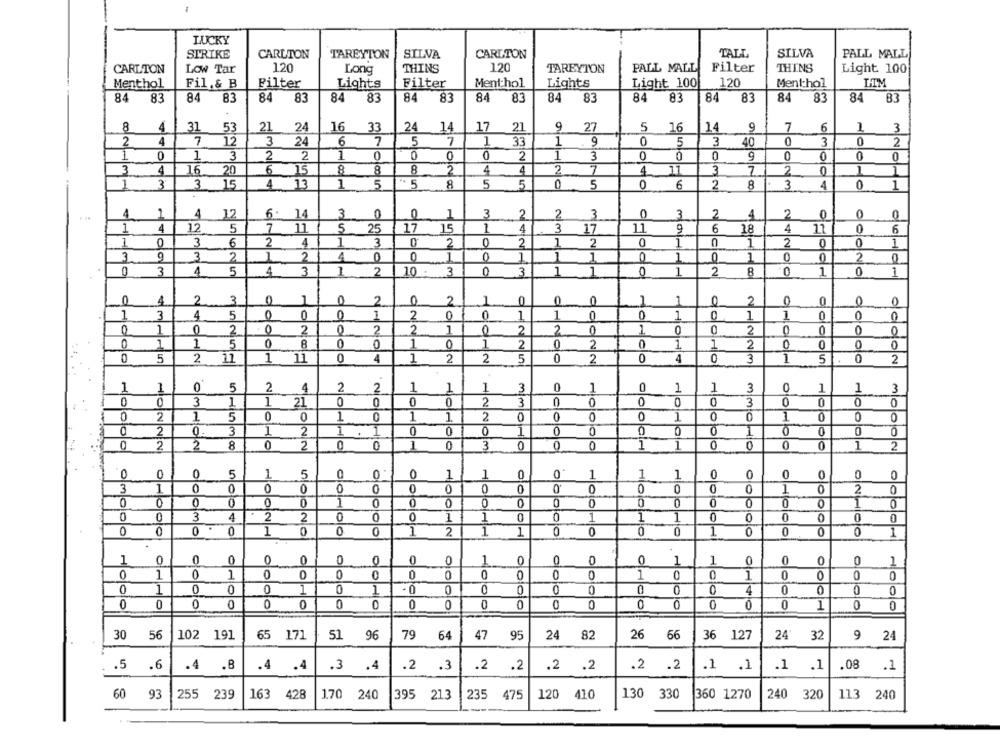
LUCKY
TALL
SILVA
STRIKE
CARLTON
TAREYTON
SILVA
CARLTON
PALL MALL
120
120
PALL MALL
Filter
THINS
CARLTON
Low Tar
Long
THINS
TAREYION
Light 100
Filter
Menthol
120
Menthol
Menthol
Fil.& B
Filter
Lights
Lights
Light 100|
84
84 83
84
83
84
83
84 83
83
84
83
83
84
83
84 83
84 83
84 83
8
4
31
53
21
24
16
24
14
17
21
27
5
16
14
9
7
6
3
33
2
4
7
12
3
24
6
7
5
7
1
33
1
9
5
3
40
0
3
0
2
1
0
3
2
2
1
0
0
0
0
2
1
3
0
0
9
0
0
0
3
4
16
20
6
15
8
8
8
2
4
4
7
4
71
3
7
2
0
1
3
3
15
4
13
5
5
8
5
5
0
5
0
6
2
8
3
4
0
1
. ..
4
4
12
3
0
0
1
3
2
2
3
3
2
4
2
0
0
0
1
12
5
7
11
5
25
17
15
4
3
17
11
9
6
18
4
11
0
6
1
0
3
6
2
4
1
3
0
2
0
2
1
2
0
1
1
2
0
0
1
0
3.
2
1
2
4
0
0
_1
0
1
0
0
0
2
0
3
4
3
0
3
1
0
1
2
1
0
5
4
1
10 .
3
1
0
0
1
0
4
2
3
0
0
2
0
2
0
0
2
0
0
0
0
0
1
3
4
5
0
0
0
1
2
0
0
1
1
0
1
0
1
-
0
0
0
0
1
C
0
2
0
2
2
1
0
2
2
1
0
0
2
0
0
0
1
5
8
0
0
1
0
1
2
2
0
1
1
2
0
0
0
0
0
5
2
1
11
0
1
2
2
5
0
2
0
4
0
3
1
5
0
2
1
1
0
5
2
4
2
2
1
1
-
3
1
0
1
1
3
0
1
1
3
0
3
1
21
0
0
0
2
3
0
0
3
0
0
2
1
5
0
1
1
2
0
0
0
0
1
0
1
0
0
olo
2
3
2
1
0
0
0
0
0
0
2
2
8
0
2
0
0
1
0
3
0
0
0
1
1
0
0
1
2
0
0
5
5
0
1
0
0
1
1
1
0
0
0
0
0
1
3
0
0
0
0
0
0
0
0
0
0
0
2
0
0
0
1
0
0
0
0
0
0
1
0
HO
0
0
3
4
2
0
0
0
1
0
0
7
1
1
0
0
0
0
0
0
0
0
1
0
0
0
1
2
1
0
0
0
0
1
0
0
0
0
1
1
0
0
0
0
0
0
0
1
0
0
0
1
1
0
0
0
0
1
0
1
0
0
0
0
1
0
0
1
0
0
0
1
0
0
1
0
1
0
0
0
0
4
0
0
0
0
0
0
0
0
0
0
0
0
0
0
0
0
0
0
0
1
0
0
30
56
102 191
5 171
51 96
79
64
47
95
24
82
26
66
36 127
24 32
9
24
.5
.6
.4 .8
.4 .4
.3 .4
.2
.. 3
.2
.2
.2 .2
.2 .2
.1 .1
.1 .1
08 .1
60 93
255 239
3 428
1.70 240
395
21.3
235
475
120 410
130
330
360 1270
240 320
113 240